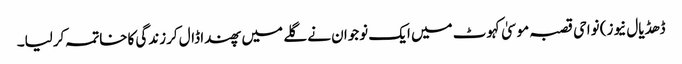
ڈھڈیال نیوز) نواحی قصبہ موسیٰ کہوٹ میں ایک نوجوان نے گلے میں پھندا ڈال کرزندگی کاخاتمہ کرلیا۔